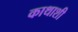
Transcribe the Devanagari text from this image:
काथाशी